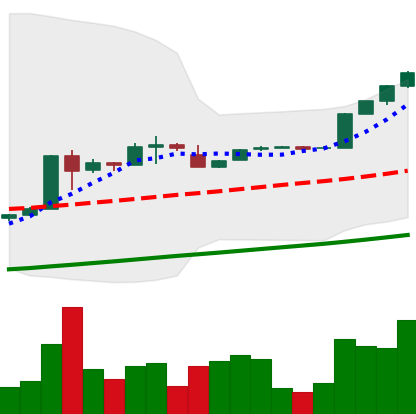
Ticker: BTC-USD
Chart end date: 2017-02-03
Forward return: 3.22%
Label: up_3_5